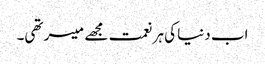
اب دنیا کی ہر نعمت مجھے میسر تھی۔